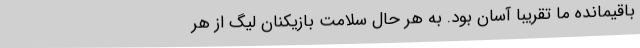
باقیمانده ما تقریباً آسان بود. به هر حال سلامت بازیکنان لیگ از هر